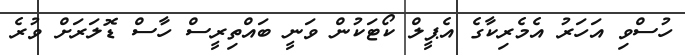
ހުސްވި އަހަރު އެމެރިކާގެ އެޕީލް ކޯޓަކުން ވަނީ ބައްތިރީސް ހާސް ޑޮލަރަށް ވުރެ